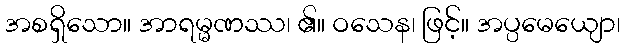
အစရှိသော။ အာရမ္မဏဿ၊ ၏။ ဝသေန၊ ဖြင့်။ အပ္ပမေယျော၊